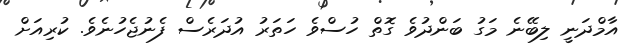
އާމްދަނީ ލިބޭނެ މަގު ބަންދުވެ ގޮތް ހުސްވެ ހަތަރު އުދަރެސް ފެނުޖެހުނެވެ. ކުރިއަށް